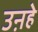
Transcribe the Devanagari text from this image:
उऩहे